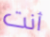
أنت